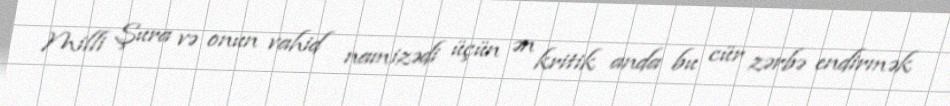
Milli Şura və onun vahid namizədi üçün ən kritik anda bu cür zərbə endirmək